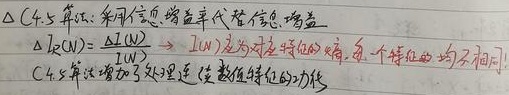
$\triangle C4.5$算法: 采用信息增益率代替信息增益。$\triangle I_{R}(W)=\triangle I(W)$，$I(W)$是为对应特征的熵，每一个特征的均不相同。

$C4.5$算法增加了处理连续数值特征的功能。